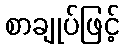
စာချုပ်ဖြင့်